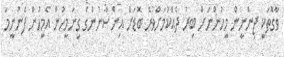
ވާގޮތަކީ ޖިންނީން މީހުންނަށް ބިރު ދެއްކުމަށްވުރެ ބޮޑަށް އިންސާނުންގެ ގިނަމީހުން އެމީހުން ފެނުނީމަ